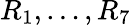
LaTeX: R_{1},\ldots,R_{7}